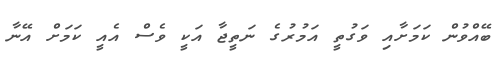
ބޭއްވުން ކަމަށާއި ވަގުތީ އަމުރުގެ ނަތީޖާ އަކީ ވެސް އެއީ ކަމަށް އޭނާ